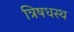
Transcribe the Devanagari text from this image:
त्रिषधस्थ